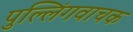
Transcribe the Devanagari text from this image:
पुल्लिंगवाचक